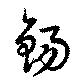
鍚